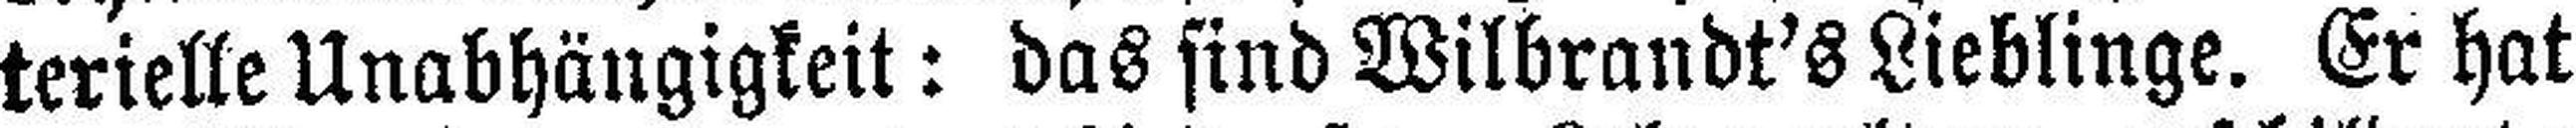
terielle Unabhängigkeit: das sind Wilbrandt's Lieblinge. Er hat